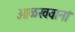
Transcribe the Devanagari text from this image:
ओळखवानां